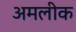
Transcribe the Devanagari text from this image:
अमलीक